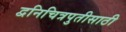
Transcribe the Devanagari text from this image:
द्वनिचित्रपुतीसाठी